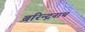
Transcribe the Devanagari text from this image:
बरिन्द्रनाथ